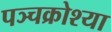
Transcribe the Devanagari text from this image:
पञ्चक्रोश्या